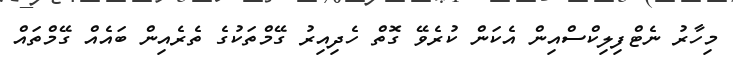
މިހާރު ނެޓްފިލިކްސްއިން އެކަން ކުރެވޭ ގޮތް ހެދިއިރު ގޭމްތަކުގެ ތެރެއިން ބައެއް ގޭމްތައް